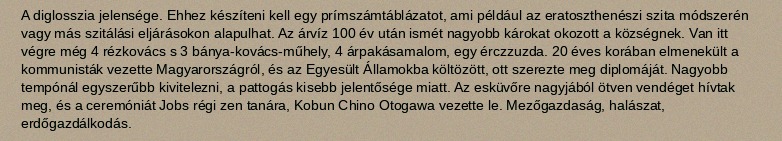
A diglosszia jelensége. Ehhez készíteni kell egy prímszámtáblázatot, ami például az eratoszthenészi szita módszerén vagy más szitálási eljárásokon alapulhat. Az árvíz 100 év után ismét nagyobb károkat okozott a községnek. Van itt végre még 4 rézkovács s 3 bánya-kovács-műhely, 4 árpakásamalom, egy érczzuzda. 20 éves korában elmenekült a kommunisták vezette Magyarországról, és az Egyesült Államokba költözött, ott szerezte meg diplomáját. Nagyobb tempónál egyszerűbb kivitelezni, a pattogás kisebb jelentősége miatt. Az esküvőre nagyjából ötven vendéget hívtak meg, és a ceremóniát Jobs régi zen tanára, Kobun Chino Otogawa vezette le. Mezőgazdaság, halászat, erdőgazdálkodás.